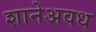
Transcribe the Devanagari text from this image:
शानेअवध